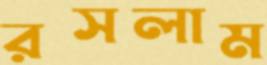
রসলাম